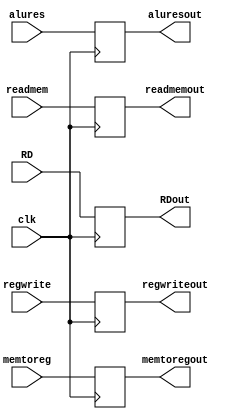
`timescale 1ns / 1ps
//////////////////////////////////////////////////////////////////////////////////
// Company: 
// Engineer: 
// 
// Design Name: 
// Module Name: MEM_WB
// Project Name: 
// Target Devices: 
// Tool Versions: 
// Description: 
// 
// Dependencies: 
// 
// Revision:
// Revision 0.01 - File Created
// Additional Comments:
// 
//////////////////////////////////////////////////////////////////////////////////


module MEM_WB( 
input clk,

input regwrite, memtoreg, 

input [63:0]alures, 

input [63:0]readmem, 

input [4:0]RD, 

output reg regwriteout, memtoregout, 

output reg [63:0]aluresout, 

output reg[63:0]readmemout, 

output reg[4:0]RDout 

); 
always @(negedge clk)
begin
    regwriteout = regwrite; 

    memtoregout = memtoreg; 

    aluresout = alures; 

    readmemout = readmem; 

    RDout = RD; 
end

endmodule